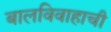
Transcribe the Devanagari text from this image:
बालविवाहाची